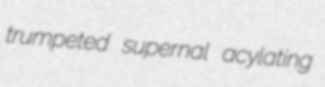
trumpeted supernal acylating